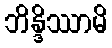
ဘိန္ဒိဿာမိ